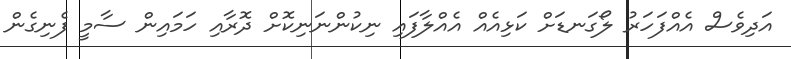
އަދިވެސް އެއްފަހަރު ލޯގަނޑަށް ކަޅިއެއް އެއްލާފައި ނިކުންނަނިކޮށް ދޮރާއި ހަމައިން ސާމީ ފެނިގެން